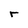
Character: r